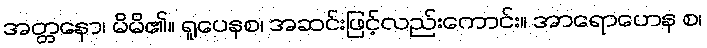
အတ္တနော၊ မိမိ၏။ ရူပေနစ၊ အဆင်းဖြင့်လည်းကောင်း။ အာရောဟေန စ၊